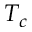
T _ { c }